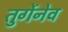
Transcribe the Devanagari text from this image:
तुर्गेनेव